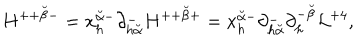
LaTeX: H ^ { + + { \breve { \beta } } - } = x _ { h } ^ { { \breve { \alpha } } - } \partial _ { h { \breve { \alpha } } } ^ { - } H ^ { + + { \breve { \beta } } + } = x _ { h } ^ { { \breve { \alpha } } - } \partial _ { h { \breve { \alpha } } } ^ { - } \partial _ { h } ^ { - { \breve { \beta } } } { \cal L } ^ { + 4 } ,